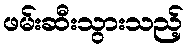
ဖမ်းဆီးသွားသည့်